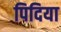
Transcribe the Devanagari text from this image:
पिदिया